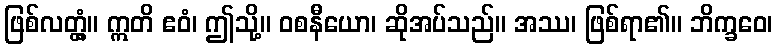
ဖြစ်လတ္တံ့။ ဣတိ ဧဝံ၊ ဤသို့။ ဝစနီယော၊ ဆိုအပ်သည်။ အဿ၊ ဖြစ်ရာ၏။ ဘိက္ခဝေ၊